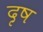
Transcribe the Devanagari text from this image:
दृष